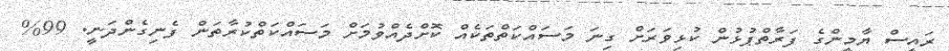
ރައީސް ޔާމީންގެ ފަރާތްޕުޅުން ކުޅިވަރަށް ގިނަ މަސައްކަތްތަކެއް ކޮށްދެއްވުމަށް މަސައްކަތްކުރާތަން ފެނިގެންދަނީ. 99%